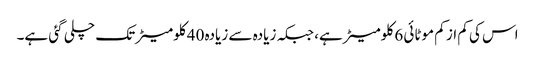
اس کی کم از کم موٹائی 6 کلومیٹر ہے، جبکہ زیادہ سے زیادہ 40 کلومیٹر تک چلی گئی ہے۔